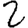
Digit: 2